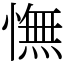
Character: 憮